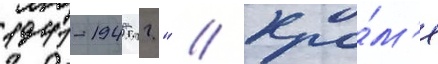
1941-1945 гг." // Кро́м'е